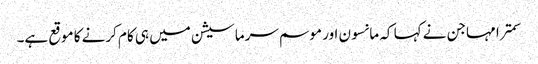
سمترا مہاجن نے کہا کہ مانسون اور موسم سرما سیشن میں ہی کام کرنے کا موقع ہے۔